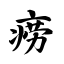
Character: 痨